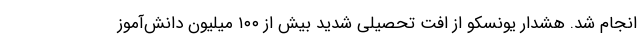
انجام شد. هشدار یونسکو از افت تحصیلی شدید بیش از ۱۰۰ میلیون دانش‌آموز